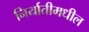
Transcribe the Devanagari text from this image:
निर्यातीमधील